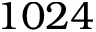
1 0 2 4